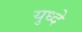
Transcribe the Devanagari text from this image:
युध्दे